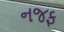
નજફ